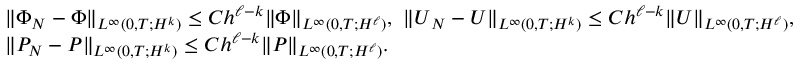
\begin{array} { r l } & { \| \Phi _ { N } - \Phi \| _ { L ^ { \infty } ( 0 , T ; H ^ { k } ) } \leq C h ^ { \ell - k } \| \Phi \| _ { L ^ { \infty } ( 0 , T ; H ^ { \ell } ) } , \, \, \| \boldsymbol { U } _ { N } - \boldsymbol { U } \| _ { L ^ { \infty } ( 0 , T ; H ^ { k } ) } \le C h ^ { \ell - k } \| \boldsymbol { U } \| _ { L ^ { \infty } ( 0 , T ; H ^ { \ell } ) } , } \\ & { \| P _ { N } - P \| _ { L ^ { \infty } ( 0 , T ; H ^ { k } ) } \le C h ^ { \ell - k } \| P \| _ { L ^ { \infty } ( 0 , T ; H ^ { \ell } ) } . } \end{array}